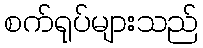
စက်ရုပ်များသည်